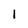
Character: 1